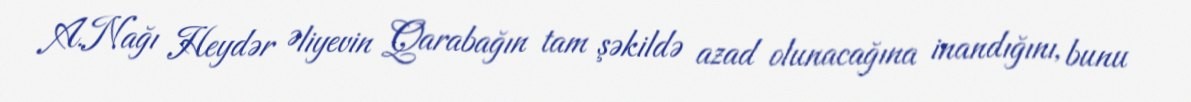
A.Nağı Heydər Əliyevin Qarabağın tam şəkildə azad olunacağına inandığını, bunu